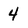
Character: 4